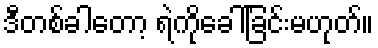
ဒီတစ်ခါတော့ ရဲကိုခေါ်ခြင်းမဟုတ်။